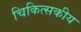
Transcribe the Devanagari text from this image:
चिकित्‍सकीय